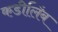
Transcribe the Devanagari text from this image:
कडीलिंब